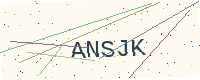
Text: ANSJK